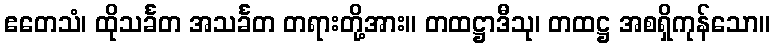
ဧတေသံ၊ ထိုသင်္ခတ အသင်္ခတ တရားတို့အား။ တထဋ္ဌာဒီသု၊ တထဋ္ဌ အစရှိကုန်သော။